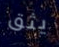
يثق